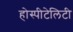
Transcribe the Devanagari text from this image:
होस्पीटेलिटी